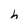
Character: h